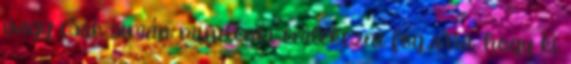
vagy csak simán mindenki emlékezni fog arra, hogy ki